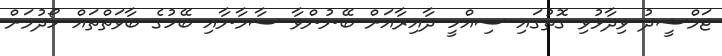
ޖަމްޝީދު ވިދާޅުވި ގޮތުގައި ސިއްހީ ދާއިރާއަށް ބޭނުންވާ ސާމާނާއި ބޭހުގެ ބާވަތްތައް ހޯދުމަށް